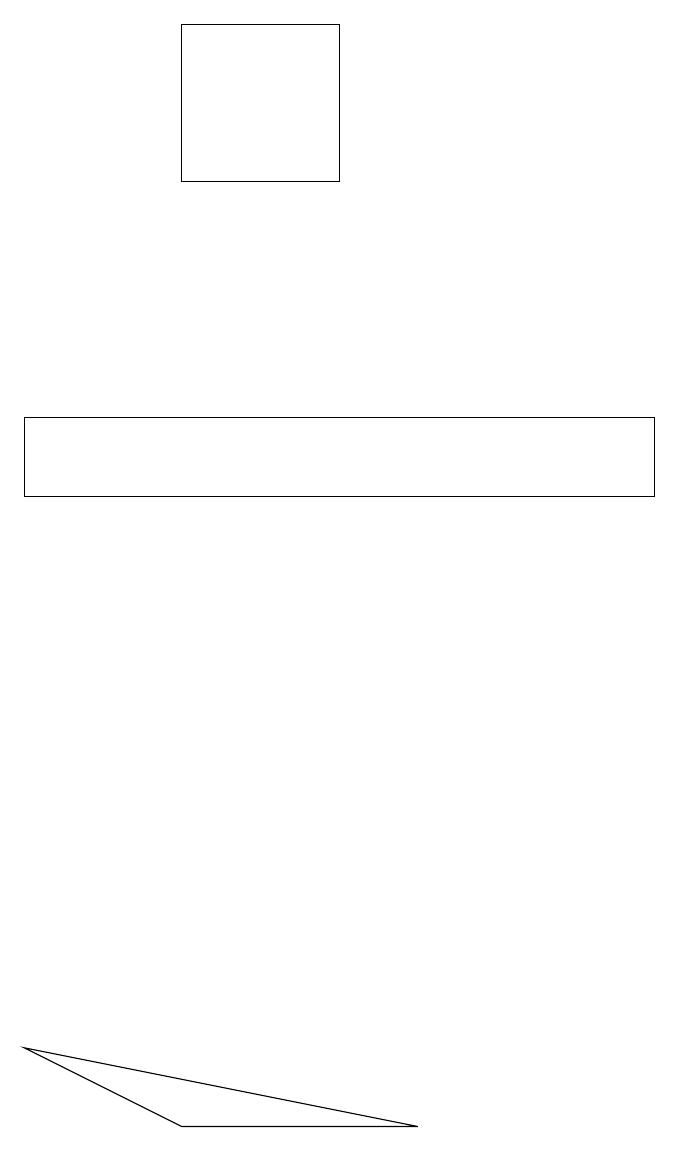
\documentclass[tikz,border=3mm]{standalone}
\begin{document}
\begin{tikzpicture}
\draw (3,17) rectangle (5,15);
\draw (1,12) rectangle (9,11);
\draw (1,4) -- (3,3) -- (6,3) -- cycle;
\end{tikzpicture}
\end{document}